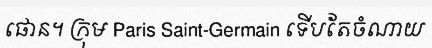
ផោន។ ក្រុម Paris Saint-Germain ទើបតែចំណាយ